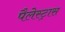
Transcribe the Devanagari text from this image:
पैलेस्ट्रास